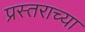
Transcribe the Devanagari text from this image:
प्रस्तराच्या